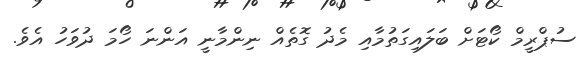
ސުޕްރީމް ކޯޓަށް ބަލައިގަތުމާއި މެދު ގޮތެއް ނިންމާނީ އަންނަ ހޯމަ ދުވަހު އެވެ.